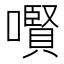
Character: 㘋